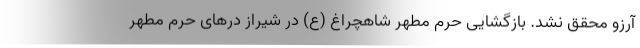
آرزو محقق نشد. بازگشایی حرم مطهر شاهچراغ (ع) در شیراز درهای حرم مطهر